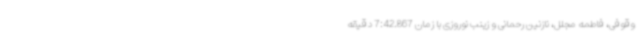
وقوفی، فاطمه مجلل، نازنین رحمانی و زینب نوروزی با زمان 7:42.867 دقیقه